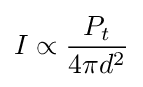
I\propto {P_{t} \over 4\pi d^{2}}